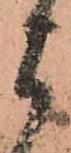
よ